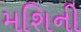
મશિની